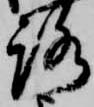
路